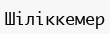
Шіліккемер